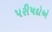
પરીષદોએ